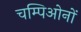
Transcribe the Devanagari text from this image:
चम्पिओनों